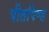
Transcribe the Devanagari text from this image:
पीतपिण्ड